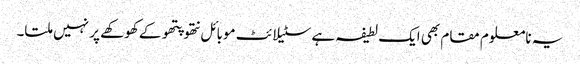
یہ نامعلوم مقام بھی ایک لطیفہ ہے سٹیلائٹ موبائل نتھو پتھو کے کھوکھے پر نہیں ملتا۔